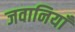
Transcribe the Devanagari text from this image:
जवानियाँ